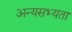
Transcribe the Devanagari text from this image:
अन्यसभ्यता